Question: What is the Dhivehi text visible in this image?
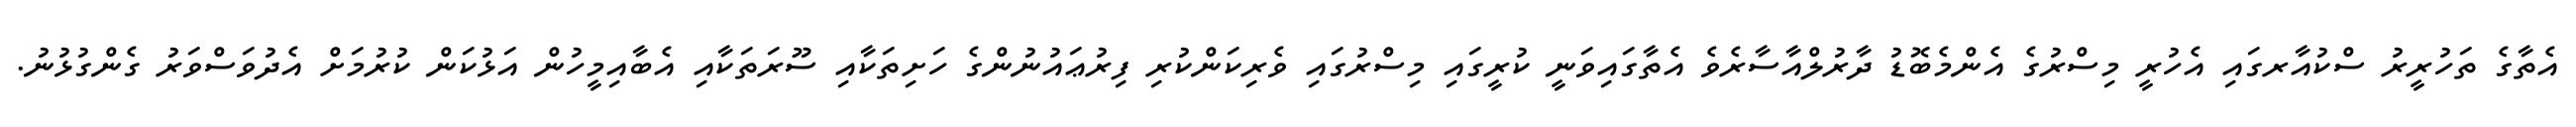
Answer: އެތާގެ ތަހުރީރު ސްކުއާރގައި އެހުރީ މިސްރުގެ އެންމެބޮޑު ދާރުލްއާސާރެވެ އެތާގައިވަނީ ކުރީގައި މިސްރުގައި ވެރިކަންކުރި ފިރުޢައުނުންގެ ހަށިތަކާއި ސޫރަތަކާއި އެބާއިމީހުން އަޅުކަން ކުރުމަށް އެދުވަސްވަރު ގެންގުޅުނު.